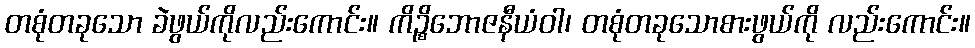
တစုံတခုသော ခဲဖွယ်ကိုလည်းကောင်း။ ကိဉ္စိဘောဇနီယံဝါ၊ တစုံတခုသောစားဖွယ်ကို လည်းကောင်း။